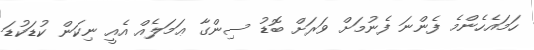
ހަމައެހެންމެ ފެންނަ ފެނުމަށް ވަރަށް ބޮޑު ސިންގާ ޢަމަލެއް އެއީ ނިކަން ކުޑަކުޑަ